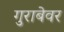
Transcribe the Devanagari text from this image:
गुराबेवर